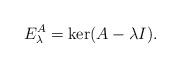
LaTeX: \begin{align*}E^A_\lambda=\ker(A-\lambda I).\end{align*}